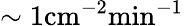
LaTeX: \sim\mathrm{{1cm^{-2}min^{-1}}}